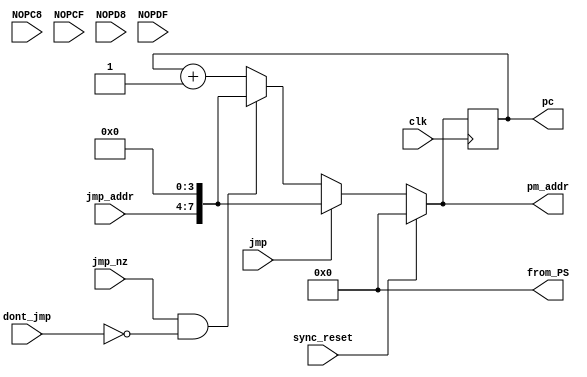
module program_sequencer(
	input clk, sync_reset,
	input jmp, jmp_nz, dont_jmp,
	input [3:0] jmp_addr,

	input NOPC8, NOPCF, NOPD8, NOPDF,		
	
	output reg [7:0] pm_addr, pc,
	output reg [7:0] from_PS			// made specifically for final exam scrambler
);

always @ *
	from_PS = 8'H00;  
	//from_PS = pc;  

// ************************** pc Instructions ************************** 
always @ (posedge clk)
	pc <= pm_addr;

// ************************** pm_addr Instructions ************************** 
always @ (*)
	if (sync_reset == 1'd1)
		pm_addr = 8'H00;
	else if (jmp == 1'd1)
		pm_addr = { jmp_addr, 4'H0 };
	else if (jmp_nz == 1'd1 && dont_jmp == 1'd0)
		pm_addr = { jmp_addr, 4'H0 };
	else
		pm_addr = pc+ 8'H01;

endmodule